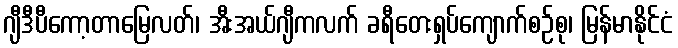
ဂျီဒီပီကော့တာမြေလတ်၊ အီးအယ်ဂျီကလက် ခရီတေးရှပ်ကျောက်စဉ်စု၊ မြန်မာနိုင်ငံ